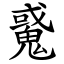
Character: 䰥